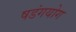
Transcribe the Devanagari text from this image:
षडंगयोग